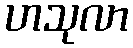
ဟသုလာ